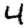
Digit: 4